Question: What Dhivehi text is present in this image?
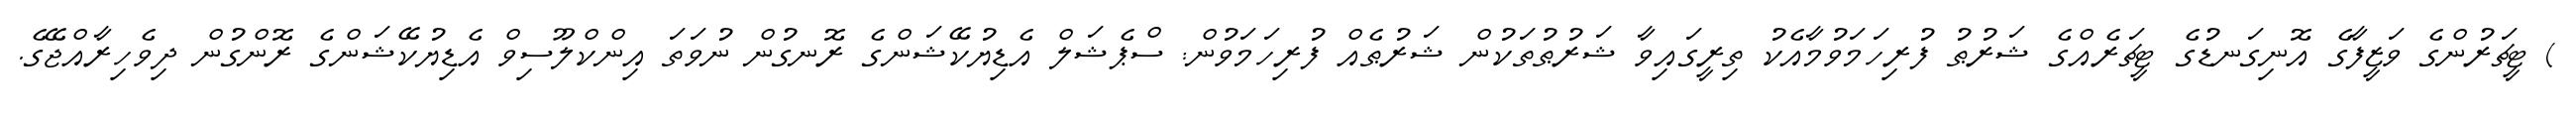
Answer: ) ޓީޗަރުންގެ ވަޒީފާގެ އޮނިގަނޑުގެ ޓީޗަރެއްގެ ޝަރުޠު ފުރިހަމަވުމާއެކު ތިރީގައިވާ ޝަރުޠުތަކުން ޝަރުޠެއް ފުރިހަމަވުން: ސްޕެޝަލް އެޑިޔުކޭޝަންގެ ރޮނގުން ނުވަތަ އިންކްލޫސިވް އެޑިޔުކޭޝަންގެ ރޮންގުން ދިވެހިރާއްޖޭގެ.